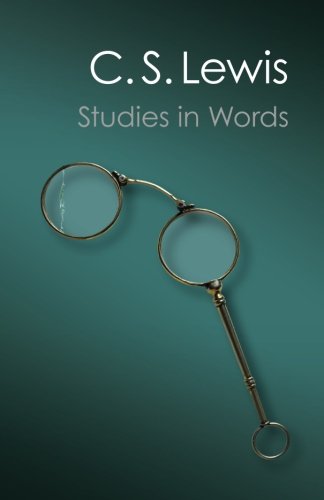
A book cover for Studies in Words (Canto Classics); C. S. Lewis; Reference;